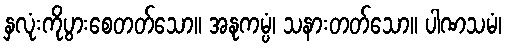
နှလုံးကိုပွားစေတတ်သော။ အနုကမ္ပံ၊ သနားတတ်သော။ ပါဏသမံ၊